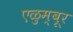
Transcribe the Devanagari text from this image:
एळुम्बूर